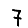
Digit: 7